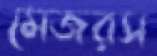
মেজরস